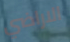
الاراضي